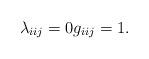
LaTeX: \begin{align*} \lambda_{iij}=0 g_{iij}=1.\end{align*}